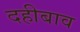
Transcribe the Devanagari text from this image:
दहीबाव